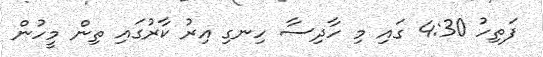
ފަތިހު 4:30 ގައި މި ހާދިސާ ހިނގި އިރު ކާރުގައި ތިން މީހުން